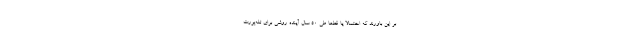
بر این باورند که احتمالا یا قطعا طی 50 سال آینده روشی برای تله‌پورت